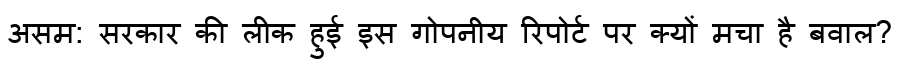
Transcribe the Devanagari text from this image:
असम: सरकार की लीक हुई इस गोपनीय रिपोर्ट पर क्यों मचा है बवाल?